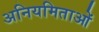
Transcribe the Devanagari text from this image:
अनियमिताओं